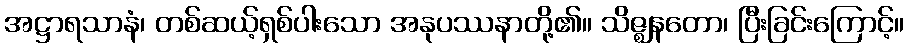
အဋ္ဌာရသာနံ၊ တစ်ဆယ့်ရှစ်ပါးသော အနုပဿနာတို့၏။ သိဇ္ဈနတော၊ ပြီးခြင်းကြောင့်။